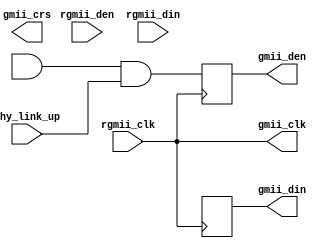
/*
 *
 */

`timescale 1ns/1ns
module rgmii2gmii (

    input  wire         rgmii_clk,
    input  wire         rgmii_den,
    input  wire [ 3: 0] rgmii_din,
    input  wire         phy_link_up,

    output wire         gmii_clk, 
    output reg          gmii_den,
    output reg  [ 7: 0] gmii_din,
    output reg          gmii_crs
);

// DDR[3:0] to SDR[3:0]
wire [4:0] gmii_dhi, gmii_dlo;
`ifdef XILINX_ZYNC
wire [4:0] rgmii_in = {rgmii_den,rgmii_din};
generate
genvar i;
for (i=0; i<5; i=i+1) begin: IDDR_loop
IDDR #(
    .DDR_CLK_EDGE("SAME_EDGE"), // "OPPOSITE_EDGE", "SAME_EDGE" or "SAME_EDGE_PIPELINED"
    .INIT_Q1(1'b0), // Initial value of Q1: 1'b0 or 1'b1
    .INIT_Q2(1'b0), // Initial value of Q2: 1'b0 or 1'b1
    .SRTYPE("ASYNC") // Set/Reset type: "SYNC" or "ASYNC"
) IDDR_inst (
    .Q1(gmii_dhi[i]), // 1-bit output for positive edge of clock
    .Q2(gmii_dlo[i]), // 1-bit output for negative edge of clock
    .C(rgmii_clk), // 1-bit clock input
    .CE(1'b1), // 1-bit clock enable input
    .D(rgmii_in[i]), // 1-bit DDR data input
    .R(1'b0), // 1-bit reset
    .S(1'b0) // 1-bit set
);
end
endgenerate
`endif
`ifdef XILINX_SPARTAN6
wire [4:0] rgmii_in = {rgmii_den,rgmii_din};
generate
genvar i;
for (i=0; i<5; i=i+1) begin: IDDR_loop
IDDR2 #(
    .DDR_ALIGNMENT("C1"), // Sets output alignment to "NONE", "C0" or "C1"
    .INIT_Q0(1'b0), // Sets initial state of the Q0 output to 1'b0 or 1'b1
    .INIT_Q1(1'b0), // Sets initial state of the Q1 output to 1'b0 or 1'b1
    .SRTYPE("ASYNC") // Specifies "SYNC" or "ASYNC" set/reset
) IDDR2_inst (
    .Q0(gmii_dhi[i]), // 1-bit output captured with C0 clock
    .Q1(gmii_dlo[i]), // 1-bit output captured with C1 clock
    .C0(rgmii_clk), // 1-bit clock input
    .C1(!rgmii_clk), // 1-bit clock input
    .CE(1'b1), // 1-bit clock enable input
    .D(rgmii_in[i]), // 1-bit DDR data input
    .R(1'b0), // 1-bit reset input
    .S(1'b0) // 1-bit set input
);
end
endgenerate
`endif
`ifdef ALTERA
altddio_in  altddio_in_component (
    .datain    ({rgmii_den,rgmii_din}),
    .inclock   (rgmii_clk),
    .dataout_h (gmii_dhi),
    .dataout_l (gmii_dlo),
    .aclr      (1'b0),
    .aset      (1'b0),
    .inclocken (1'b1),
    .sclr      (1'b0),
    .sset      (1'b0));
defparam
    altddio_in_component.intended_device_family = "Cyclone IV",
    altddio_in_component.invert_input_clocks = "ON",
    altddio_in_component.lpm_type = "altddio_in",
    altddio_in_component.power_up_high = "OFF",
    altddio_in_component.width = 5;
`endif

// SDR[3:0] to SDR[7:0]
always @ (posedge rgmii_clk) begin
    gmii_den <= (gmii_dhi[  4] && gmii_dlo[  4]) && phy_link_up;
    gmii_din <= {gmii_dhi[3:0],   gmii_dlo[3:0]};
end

// using rgmii_clk as gmii_clk
assign gmii_clk = rgmii_clk;

// TODO: CRS decoding
/*
`define CARRIER_SENSE_CODE (({gmii_dhi[3:0],gmii_dlo[3:0]} == 8'hff) || ({gmii_dhi[3:0],gmii_dlo[3:0]} == 8'h0E))
reg gmii_rxdv, gmii_rxerr, gmii_rxdv_pre;
reg gmii_idle_err;
reg gmii_idle_crs;

always @ (posedge rgmii_clk) begin
    gmii_rxdv_pre = gmii_rxdv;
    gmii_rxdv     = gmii_dhi[4];
    gmii_rxerr    = gmii_dlo[4];
    gmii_idle_err = !gmii_rxdv_pre & !gmii_rxdv &  gmii_rxerr;
    gmii_idle_crs =  gmii_idle_err & `CARRIER_SENSE_CODE;
end
*/
endmodule